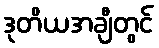
ဒုတိယအချီတွင်